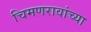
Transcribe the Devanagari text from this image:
चिमणरावांच्या